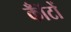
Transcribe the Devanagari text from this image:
कॉँटों